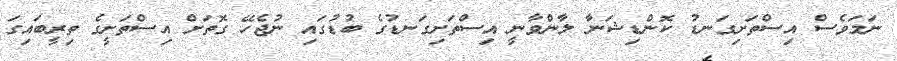
ނަމަވެސް އިސްތަށިގަނޑު ކޮންޑިޝަނާ ލާންވާނީ އިސްތަށިގަނޑުގެ ބުޑުގައި ނުޖެހޭ ގޮތަށް އިސްތަށީގެ ތިރީބައިގަ